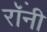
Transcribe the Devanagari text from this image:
रॉंनी